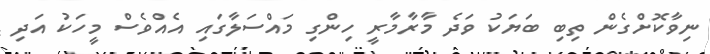
ނިވާކޮށްގެން ތިބި ބަޔަކު ވަދެ މާރާމާރީ ހިންގި މައްސަލާގައި އެއްވެސް މީހަކު އަދި